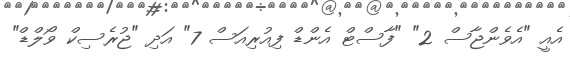
އެއީ "އެވެންޖާސް 2" "ފާސްޓް އެންޑް ފިއުރިއަސް 7" އަދި "ޖުރެސިކް ވޯލްޑް"